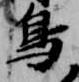
鳥